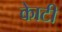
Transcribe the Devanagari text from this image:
काेटी